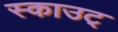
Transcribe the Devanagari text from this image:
स्काउट्